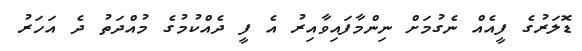
ޑޮލަރުގެ ފީއެއް ނެގުމަށް ނިންމާފައިވާއިރު އެ ފީ ދެއްކުމުގެ މުއްދަތު ދެ އަހަރު